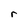
Character: r